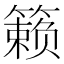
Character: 籁